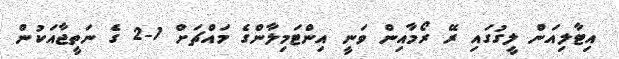
އިޓާލިއަން ލީގުގައި ރޭ ރޯމާއިން ވަނީ އިންޓަމިލާންގެ މައްޗަށް 1-2 ގެ ނަތީޖާއަކުން